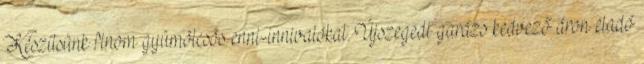
Készítsünk finom gyümölcsös enni-innivalókat. Újszegedi garázs kedvező áron eladó